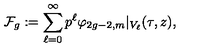
\mathcal { F } _ { g } : = \sum _ { \ell = 0 } ^ { \infty } p ^ { \ell } \varphi _ { 2 g - 2 , m } \vert _ { V _ { \ell } } ( \tau , z ) ,